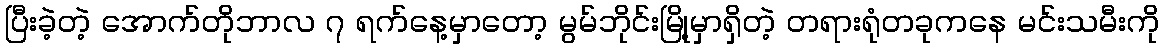
ပြီးခဲ့တဲ့ အောက်တိုဘာလ ၇ ရက်နေ့မှာတော့ မွမ်ဘိုင်းမြို့မှာရှိတဲ့ တရားရုံတခုကနေ မင်းသမီးကို